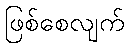
ဖြစ်စေလျက်